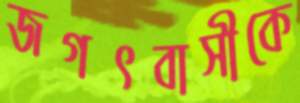
জগৎবাসীকে